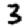
Digit: 3